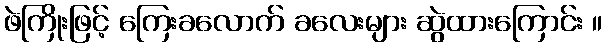
ဖဲကြိုးဖြင့် ကြေးခလောက် ခလေးများ ဆွဲထားကြောင်း ။